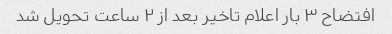
افتضاح ۳ بار اعلام تاخیر بعد از ۲ ساعت تحویل شد